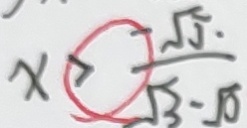
x > \frac { - \sqrt { 5 . } } { \sqrt { 3 } - \sqrt { 0 } }